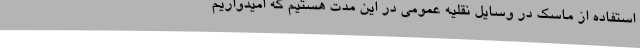
استفاده از ماسک در وسایل نقلیه عمومی در این مدت هستیم که امیدواریم